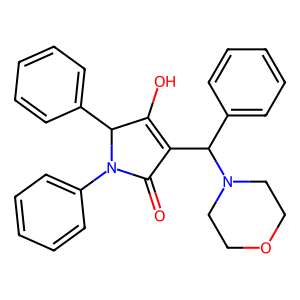
SMILES: O=C1C(C(c2ccccc2)N2CCOCC2)=C(O)C(c2ccccc2)N1c1ccccc1
Inhibits HIV replication: No